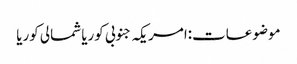
موضوعات:امریکہ جنوبی کوریا شمالی کوریا